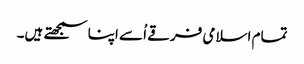
تمام اسلامی فرقے اُسے اپنا سمجھتے ہیں۔